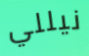
نيللي